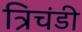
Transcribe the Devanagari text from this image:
त्रिचंडी